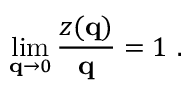
\operatorname * { l i m } _ { { \bf q } \rightarrow 0 } \frac { z ( { \bf q } ) } { { \bf q } } = 1 \ .